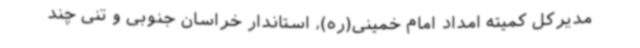
مدیرکل کمیته امداد امام خمینی(ره)، استاندار خراسان جنوبی و تنی چند